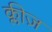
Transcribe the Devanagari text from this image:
क्लीज़